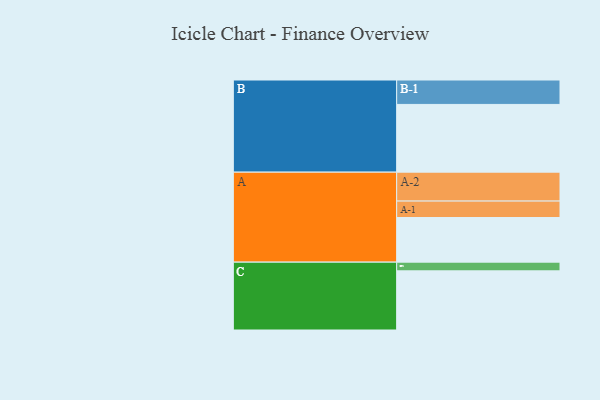
{"axis": {"x": "Segment", "y": "Value"}, "legend": ["", "A", "B", "C"], "data": [{"x": "A", "y": 369, "type": ""}, {"x": "B", "y": 560, "type": ""}, {"x": "C", "y": 489, "type": ""}, {"x": "A-1", "y": 136, "type": "A"}, {"x": "A-2", "y": 239, "type": "A"}, {"x": "B-1", "y": 202, "type": "B"}, {"x": "C-1", "y": 72, "type": "C"}]}